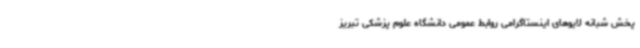
پخش شبانه لایوهای اینستاگرامی روابط عمومی دانشگاه علوم پزشکی تبریز